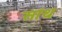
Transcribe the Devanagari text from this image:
सांथ